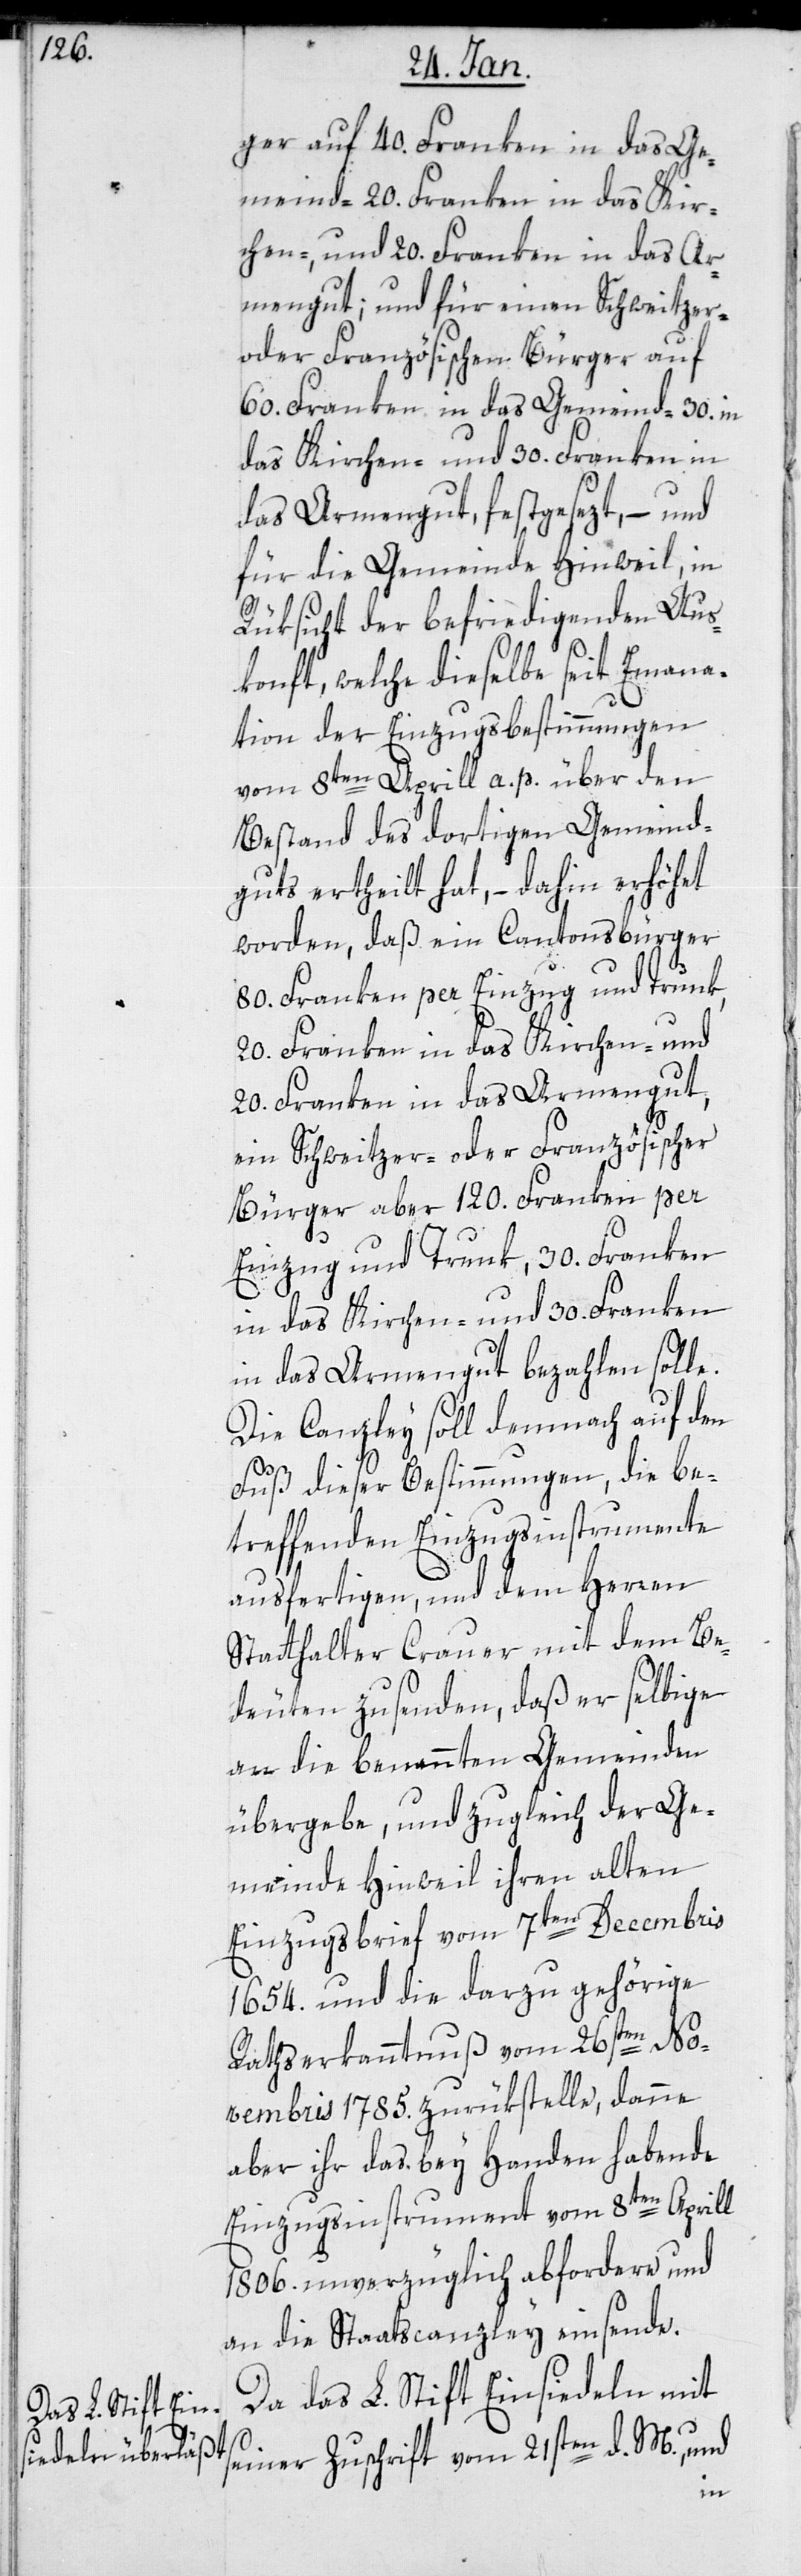
ger auf 40. Franken in das Ge¬
meind-[,] 20. Franken in das Kir¬
chen-, und 20. Franken in das Ar¬
mengut; und für einen Schweitzer-
oder Französischen Bürger auf
60. Franken in das Gemeind-[,] 30.
das Kirchen-, und 30. Franken in
das Armengut, festgesetzt, – und
für die Gemeinde Hinwil, in
Rüksicht der befriedigenden Aus¬
konft, welche dieselbe seit Emana¬
tion der Einzugsbestimmungen
vom 8ten April a. p. über den
Bestand des dortigen Gemeind¬
guts ertheilt hat, – dahin erhöhet
worden, daß ein Cantonsbürger
80. Franken per Einzug und Trunk,
20. Franken in das Kirchen-, und
20. Franken in das Armengut;
ein Schweitzer- oder französischer
Bürger aber 120. Franken per
Einzug und Trunk, 30. Franken
in das Kirchen-, und 30. Franken
in das Armengut bezahlen solle.
Die Canzley soll demnach auf den
Fuß dieser Bestimmungen, die be¬
treffenden Einzugsinstrumente
ausfertigen, und dem Herren
Statthalter Crauer mit dem Be¬
deuten zusenden, daß er selbige
an die benannten Gemeinden
übergebe, und zugleich der Ge¬
meinde Hinwil ihren alten
Einzugsbrief vom 7ten Decembris
1654. und die darzu gehörige
Rathserkanntnus vom 26sten No¬
vembris 1785. zurükstelle, danne
aber ihr das. bey Handen habende
Einzugsinstrument vom 8ten April
1806. unverzüglich abfordere und
an die Staatscanzlei einsende.
Da das L. Stift Einsiedeln mit
seiner Zuschrift vom 21sten d. M., und
in